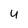
Character: 4